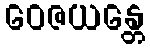
ဝေဇယန္တေ